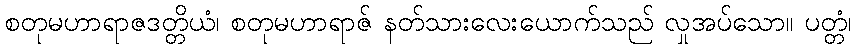
စတုမဟာရာဇဒတ္တိယံ၊ စတုမဟာရာဇ် နတ်သားလေးယောက်သည် လှုအပ်သော။ ပတ္တံ၊